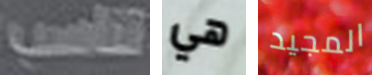
تناسب هي المجيد